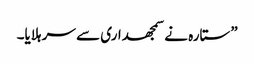
”ستارہ نے سمجھداری سے سر ہلایا۔